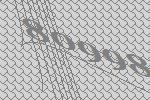
80998